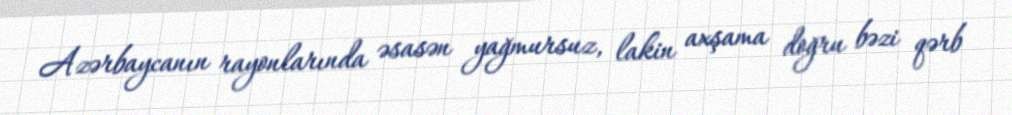
Azərbaycanın rayonlarında əsasən yağmursuz, lakin axşama doğru bəzi qərb